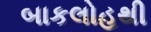
બાકલોહથી